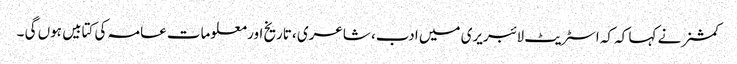
کمشنر نے کہا کہ کہ اسٹریٹ لائبریری میں ادب، شاعری ، تاریخ اور معلومات عامہ کی کتابیں ہوں گی ۔